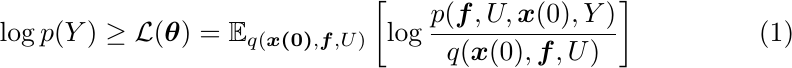
\begin{equation}
\label{log likelihood}
    \log p(Y)\ge \mathcal{L} (\boldsymbol{\theta })=\mathbb{E} _{q(\boldsymbol{x(0)},\boldsymbol{f},U)}\left[ \log \frac{p(\boldsymbol{f},U,\boldsymbol{x}(0),Y)}{q(\boldsymbol{x}(0),\boldsymbol{f},U)} \right]
\end{equation}